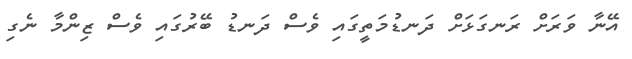
އޭނާ ވަރަށް ރަނގަޅަށް ދަނޑުމަތީގައި ވެސް ދަނޑު ބޭރުގައި ވެސް ޒިންމާ ނެގި